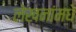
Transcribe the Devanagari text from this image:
लेखनांमधे